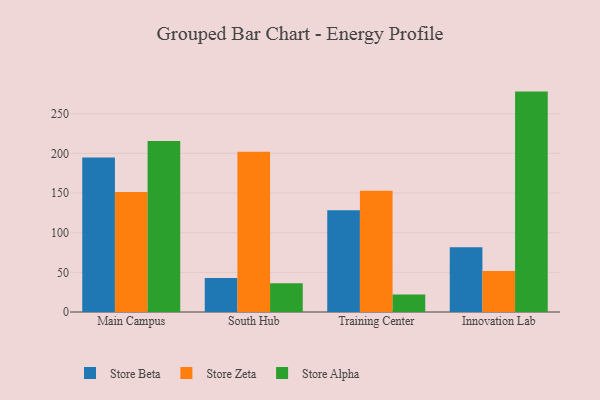
{"axis": {"x": "Campus", "y": "Headcount"}, "legend": ["Store Alpha", "Store Beta", "Store Zeta"], "data": [{"x": "Main Campus", "y": 194.7, "type": "Store Beta"}, {"x": "Main Campus", "y": 151.2, "type": "Store Zeta"}, {"x": "Main Campus", "y": 215.6, "type": "Store Alpha"}, {"x": "South Hub", "y": 42.8, "type": "Store Beta"}, {"x": "South Hub", "y": 202.0, "type": "Store Zeta"}, {"x": "South Hub", "y": 36.4, "type": "Store Alpha"}, {"x": "Training Center", "y": 128.2, "type": "Store Beta"}, {"x": "Training Center", "y": 153.0, "type": "Store Zeta"}, {"x": "Training Center", "y": 22.1, "type": "Store Alpha"}, {"x": "Innovation Lab", "y": 81.6, "type": "Store Beta"}, {"x": "Innovation Lab", "y": 51.8, "type": "Store Zeta"}, {"x": "Innovation Lab", "y": 277.9, "type": "Store Alpha"}]}